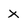
Character: x